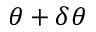
\theta + \delta \theta